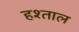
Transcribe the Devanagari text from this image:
हश्ताल